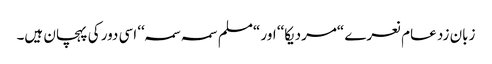
زبان زد عام نعرے “مردیکا‘‘ اور “مسلم سمہ سمہ‘‘ اسی دور کی پہچان ہیں۔